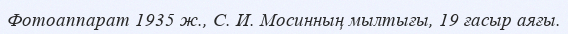
Фотоаппарат 1935 ж., С. И. Мосинның мылтығы, 19 ғасыр аяғы.